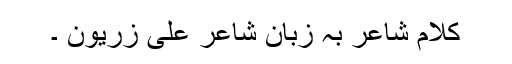
کلامِ شاعر بہ زبانِ شاعر علی زریون ۔